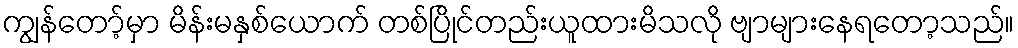
ကျွန်တော့်မှာ မိန်းမနှစ်ယောက် တစ်ပြိုင်တည်းယူထားမိသလို ဗျာများနေရတော့သည်။